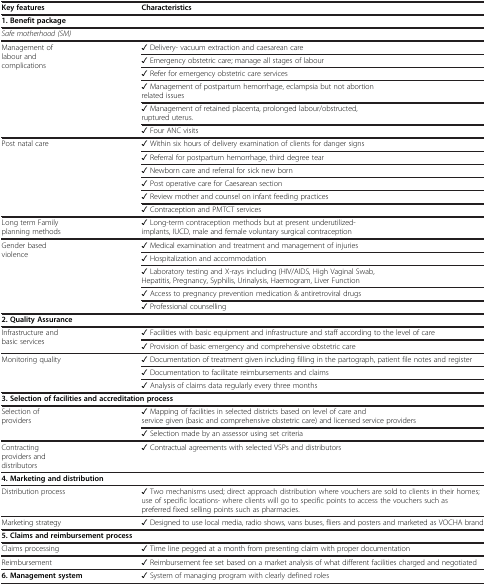
<table><thead><tr><td><b>Key features</b></td><td><b>Characteristics</b></td></tr></thead><tbody><tr><td colspan="2"><b>1. Benefit package</b></td></tr><tr><td colspan="2"><i>Safe motherhood (SM)</i></td></tr><tr><td rowspan="6">Management of labour and complications</td><td>✓ Delivery- vacuum extraction and caesarean care</td></tr><tr><td>✓ Emergency obstetric care; manage all stages of labour</td></tr><tr><td>✓ Refer for emergency obstetric care services</td></tr><tr><td>✓ Management of postpartum hemorrhage, eclampsia but not abortion related issues</td></tr><tr><td>✓ Management of retained placenta, prolonged labour/obstructed, ruptured uterus.</td></tr><tr><td>✓ Four ANC visits</td></tr><tr><td rowspan="6">Post natal care</td><td>✓ Within six hours of delivery examination of clients for danger signs</td></tr><tr><td>✓ Referral for postpartum hemorrhage, third degree tear</td></tr><tr><td>✓ Newborn care and referral for sick new born</td></tr><tr><td>✓ Post operative care for Caesarean section</td></tr><tr><td>✓ Review mother and counsel on infant feeding practices</td></tr><tr><td>✓ Contraception and PMTCT services</td></tr><tr><td>Long term Family planning methods</td><td>✓ Long-term contraception methods but at present underutilized- implants, IUCD, male and female voluntary surgical contraception</td></tr><tr><td rowspan="5">Gender based violence</td><td>✓ Medical examination and treatment and management of injuries</td></tr><tr><td>✓ Hospitalization and accommodation</td></tr><tr><td>✓ Laboratory testing and X-rays including (HIV/AIDS, High Vaginal Swab, Hepatitis, Pregnancy, Syphilis, Urinalysis, Haemogram, Liver Function</td></tr><tr><td>✓ Access to pregnancy prevention medication &amp; antiretroviral drugs</td></tr><tr><td>✓ Professional counselling</td></tr><tr><td colspan="2"><b>2. Quality Assurance</b></td></tr><tr><td rowspan="2">Infrastructure and basic services</td><td>✓ Facilities with basic equipment and infrastructure and staff according to the level of care</td></tr><tr><td>✓ Provision of basic emergency and comprehensive obstetric care</td></tr><tr><td rowspan="3">Monitoring quality</td><td>✓ Documentation of treatment given including filling in the partograph, patient file notes and register</td></tr><tr><td>✓ Documentation to facilitate reimbursements and claims</td></tr><tr><td>✓ Analysis of claims data regularly every three months</td></tr><tr><td colspan="2"><b>3. Selection of facilities and accreditation process</b></td></tr><tr><td rowspan="2">Selection of providers</td><td>✓ Mapping of facilities in selected districts based on level of care and service given (basic and comprehensive obstetric care) and licensed service providers</td></tr><tr><td>✓ Selection made by an assessor using set criteria</td></tr><tr><td>Contracting providers and distributors</td><td>✓ Contractual agreements with selected VSPs and distributors</td></tr><tr><td colspan="2"><b>4. Marketing and distribution</b></td></tr><tr><td>Distribution process</td><td>✓ Two mechanisms used; direct approach distribution where vouchers are sold to clients in their homes; use of specific locations- where clients will go to specific points to access the vouchers such as preferred fixed selling points such as pharmacies.</td></tr><tr><td>Marketing strategy</td><td>✓ Designed to use local media, radio shows, vans buses, fliers and posters and marketed as VOCHA brand</td></tr><tr><td colspan="2"><b>5. Claims and reimbursement process</b></td></tr><tr><td>Claims processing</td><td>✓ Time line pegged at a month from presenting claim with proper documentation</td></tr><tr><td>Reimbursement</td><td>✓ Reimbursement fee set based on a market analysis of what different facilities charged and negotiated</td></tr><tr><td><b>6. Management system</b></td><td>✓ System of managing program with clearly defined roles</td></tr></tbody></table>